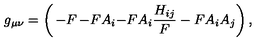
g _ { \mu \nu } = \left( \begin{matrix} { - F } & { - F A _ { i } } \\ { - F A _ { i } } & { \frac { H _ { i j } } { F } - F A _ { i } A _ { j } } \\ \end{matrix} \right) ,